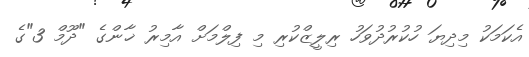
އެކަމަކު މިދިޔަ ހުކުރުދުވަހު ރިލީޒްކުރި މި ފިލްމަށް އާމިރު ޚާންގެ "ދޫމް 3"ގެ